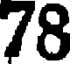
78